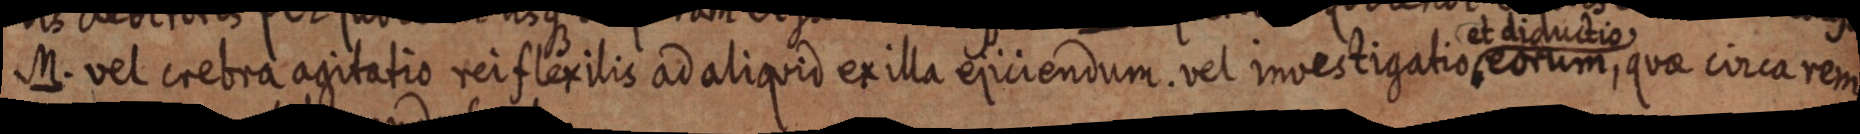
M. vel crebra agitatio rei flexilis ad aliquid ex illa ejiciendum. vel investigatio et diduction eorum, quae circa rem